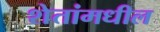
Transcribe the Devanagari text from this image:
शेतांमधील